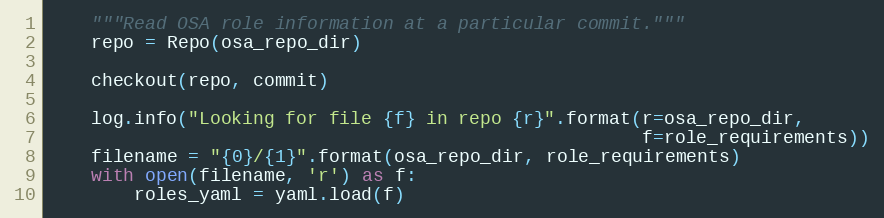
Language: Python
    """Read OSA role information at a particular commit."""
    repo = Repo(osa_repo_dir)

    checkout(repo, commit)

    log.info("Looking for file {f} in repo {r}".format(r=osa_repo_dir,
                                                       f=role_requirements))
    filename = "{0}/{1}".format(osa_repo_dir, role_requirements)
    with open(filename, 'r') as f:
        roles_yaml = yaml.load(f)